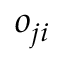
o _ { j i }